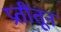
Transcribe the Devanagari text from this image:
प्रतींतून